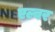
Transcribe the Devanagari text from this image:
एल्वर